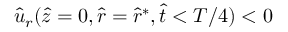
\hat { u } _ { r } ( \hat { z } = 0 , \hat { r } = \hat { r } ^ { * } , \hat { t } < T / 4 ) < 0